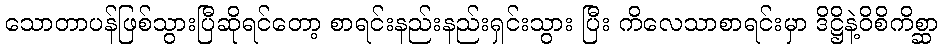
သောတာပန်ဖြစ်သွားပြီဆိုရင်တော့ စာရင်းနည်းနည်းရှင်းသွား ပြီး ကိလေသာစာရင်းမှာ ဒိဋ္ဌိနဲ့ဝိစိကိစ္ဆာ